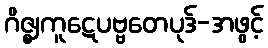
ဂိဇ္ဈကူဋေပဗ္ဗတေပုဒ်-အဖွင့်